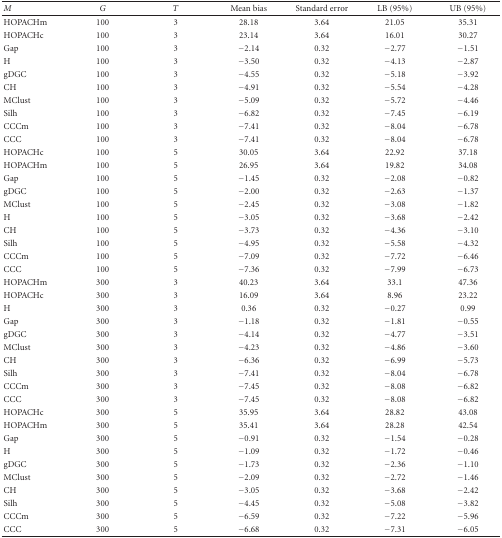
<table><thead><tr><td><b><i>M</i></b></td><td><b><i>G</i></b></td><td><b><i>T</i></b></td><td><b>Mean bias</b></td><td><b>Standard error</b></td><td><b>LB (95%)</b></td><td><b>UB (95%)</b></td></tr></thead><tbody><tr><td>HOPACHm</td><td>100</td><td>3</td><td>28.18</td><td>3.64</td><td>21.05</td><td>35.31</td></tr><tr><td>HOPACHc</td><td>100</td><td>3</td><td>23.14</td><td>3.64</td><td>16.01</td><td>30.27</td></tr><tr><td>Gap</td><td>100</td><td>3</td><td>−2.14</td><td>0.32</td><td>−2.77</td><td>−1.51</td></tr><tr><td>H</td><td>100</td><td>3</td><td>−3.50</td><td>0.32</td><td>−4.13</td><td>−2.87</td></tr><tr><td>gDGC</td><td>100</td><td>3</td><td>−4.55</td><td>0.32</td><td>−5.18</td><td>−3.92</td></tr><tr><td>CH</td><td>100</td><td>3</td><td>−4.91</td><td>0.32</td><td>−5.54</td><td>−4.28</td></tr><tr><td>MClust</td><td>100</td><td>3</td><td>−5.09</td><td>0.32</td><td>−5.72</td><td>−4.46</td></tr><tr><td>Silh</td><td>100</td><td>3</td><td>−6.82</td><td>0.32</td><td>−7.45</td><td>−6.19</td></tr><tr><td>CCCm</td><td>100</td><td>3</td><td>−7.41</td><td>0.32</td><td>−8.04</td><td>−6.78</td></tr><tr><td>CCC</td><td>100</td><td>3</td><td>−7.41</td><td>0.32</td><td>−8.04</td><td>−6.78</td></tr><tr><td>HOPACHc</td><td>100</td><td>5</td><td>30.05</td><td>3.64</td><td>22.92</td><td>37.18</td></tr><tr><td>HOPACHm</td><td>100</td><td>5</td><td>26.95</td><td>3.64</td><td>19.82</td><td>34.08</td></tr><tr><td>Gap</td><td>100</td><td>5</td><td>−1.45</td><td>0.32</td><td>−2.08</td><td>−0.82</td></tr><tr><td>gDGC</td><td>100</td><td>5</td><td>−2.00</td><td>0.32</td><td>−2.63</td><td>−1.37</td></tr><tr><td>MClust</td><td>100</td><td>5</td><td>−2.45</td><td>0.32</td><td>−3.08</td><td>−1.82</td></tr><tr><td>H</td><td>100</td><td>5</td><td>−3.05</td><td>0.32</td><td>−3.68</td><td>−2.42</td></tr><tr><td>CH</td><td>100</td><td>5</td><td>−3.73</td><td>0.32</td><td>−4.36</td><td>−3.10</td></tr><tr><td>Silh</td><td>100</td><td>5</td><td>−4.95</td><td>0.32</td><td>−5.58</td><td>−4.32</td></tr><tr><td>CCCm</td><td>100</td><td>5</td><td>−7.09</td><td>0.32</td><td>−7.72</td><td>−6.46</td></tr><tr><td>CCC</td><td>100</td><td>5</td><td>−7.36</td><td>0.32</td><td>−7.99</td><td>−6.73</td></tr><tr><td>HOPACHm</td><td>300</td><td>3</td><td>40.23</td><td>3.64</td><td>33.1</td><td>47.36</td></tr><tr><td>HOPACHc</td><td>300</td><td>3</td><td>16.09</td><td>3.64</td><td>8.96</td><td>23.22</td></tr><tr><td>H</td><td>300</td><td>3</td><td>0.36</td><td>0.32</td><td>−0.27</td><td>0.99</td></tr><tr><td>Gap</td><td>300</td><td>3</td><td>−1.18</td><td>0.32</td><td>−1.81</td><td>−0.55</td></tr><tr><td>gDGC</td><td>300</td><td>3</td><td>−4.14</td><td>0.32</td><td>−4.77</td><td>−3.51</td></tr><tr><td>MClust</td><td>300</td><td>3</td><td>−4.23</td><td>0.32</td><td>−4.86</td><td>−3.60</td></tr><tr><td>CH</td><td>300</td><td>3</td><td>−6.36</td><td>0.32</td><td>−6.99</td><td>−5.73</td></tr><tr><td>Silh</td><td>300</td><td>3</td><td>−7.41</td><td>0.32</td><td>−8.04</td><td>−6.78</td></tr><tr><td>CCCm</td><td>300</td><td>3</td><td>−7.45</td><td>0.32</td><td>−8.08</td><td>−6.82</td></tr><tr><td>CCC</td><td>300</td><td>3</td><td>−7.45</td><td>0.32</td><td>−8.08</td><td>−6.82</td></tr><tr><td>HOPACHc</td><td>300</td><td>5</td><td>35.95</td><td>3.64</td><td>28.82</td><td>43.08</td></tr><tr><td>HOPACHm</td><td>300</td><td>5</td><td>35.41</td><td>3.64</td><td>28.28</td><td>42.54</td></tr><tr><td>Gap</td><td>300</td><td>5</td><td>−0.91</td><td>0.32</td><td>−1.54</td><td>−0.28</td></tr><tr><td>H</td><td>300</td><td>5</td><td>−1.09</td><td>0.32</td><td>−1.72</td><td>−0.46</td></tr><tr><td>gDGC</td><td>300</td><td>5</td><td>−1.73</td><td>0.32</td><td>−2.36</td><td>−1.10</td></tr><tr><td>MClust</td><td>300</td><td>5</td><td>−2.09</td><td>0.32</td><td>−2.72</td><td>−1.46</td></tr><tr><td>CH</td><td>300</td><td>5</td><td>−3.05</td><td>0.32</td><td>−3.68</td><td>−2.42</td></tr><tr><td>Silh</td><td>300</td><td>5</td><td>−4.45</td><td>0.32</td><td>−5.08</td><td>−3.82</td></tr><tr><td>CCCm</td><td>300</td><td>5</td><td>−6.59</td><td>0.32</td><td>−7.22</td><td>−5.96</td></tr><tr><td>CCC</td><td>300</td><td>5</td><td>−6.68</td><td>0.32</td><td>−7.31</td><td>−6.05</td></tr></tbody></table>